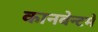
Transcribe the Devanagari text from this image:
कानवेन्टमे